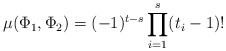
\begin{align*} \mu(\Phi_1, \Phi_2)=(-1)^{t-s}\prod_{i=1}^s (t_i-1)! \end{align*}